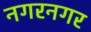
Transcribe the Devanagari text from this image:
नगरनगर